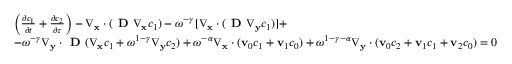
\begin{array} { r l } & { \left( \frac { \partial c _ { 1 } } { \partial t } + \frac { \partial c _ { 2 } } { \partial \tau } \right) - \nabla _ { \mathbf x } \cdot ( \textbf { D } \nabla _ { \mathbf x } c _ { 1 } ) - \omega ^ { - \gamma } [ \nabla _ { \mathbf x } \cdot ( \textbf { D } \nabla _ { \mathbf y } c _ { 1 } ) ] + } \\ & { - \omega ^ { - \gamma } \nabla _ { \mathbf y } \cdot \textbf { D } ( \nabla _ { \mathbf x } c _ { 1 } + \omega ^ { 1 - \gamma } \nabla _ { \mathbf y } c _ { 2 } ) + \omega ^ { - \alpha } \nabla _ { \mathbf x } \cdot ( \mathbf v _ { 0 } c _ { 1 } + \mathbf v _ { 1 } c _ { 0 } ) + \omega ^ { 1 - \gamma - \alpha } \nabla _ { \mathbf y } \cdot ( \mathbf v _ { 0 } c _ { 2 } + \mathbf v _ { 1 } c _ { 1 } + \mathbf v _ { 2 } c _ { 0 } ) = 0 } \end{array}